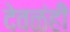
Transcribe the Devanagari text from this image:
देवळंही